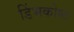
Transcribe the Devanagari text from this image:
डिंभकोष्ठ